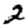
Digit: 2